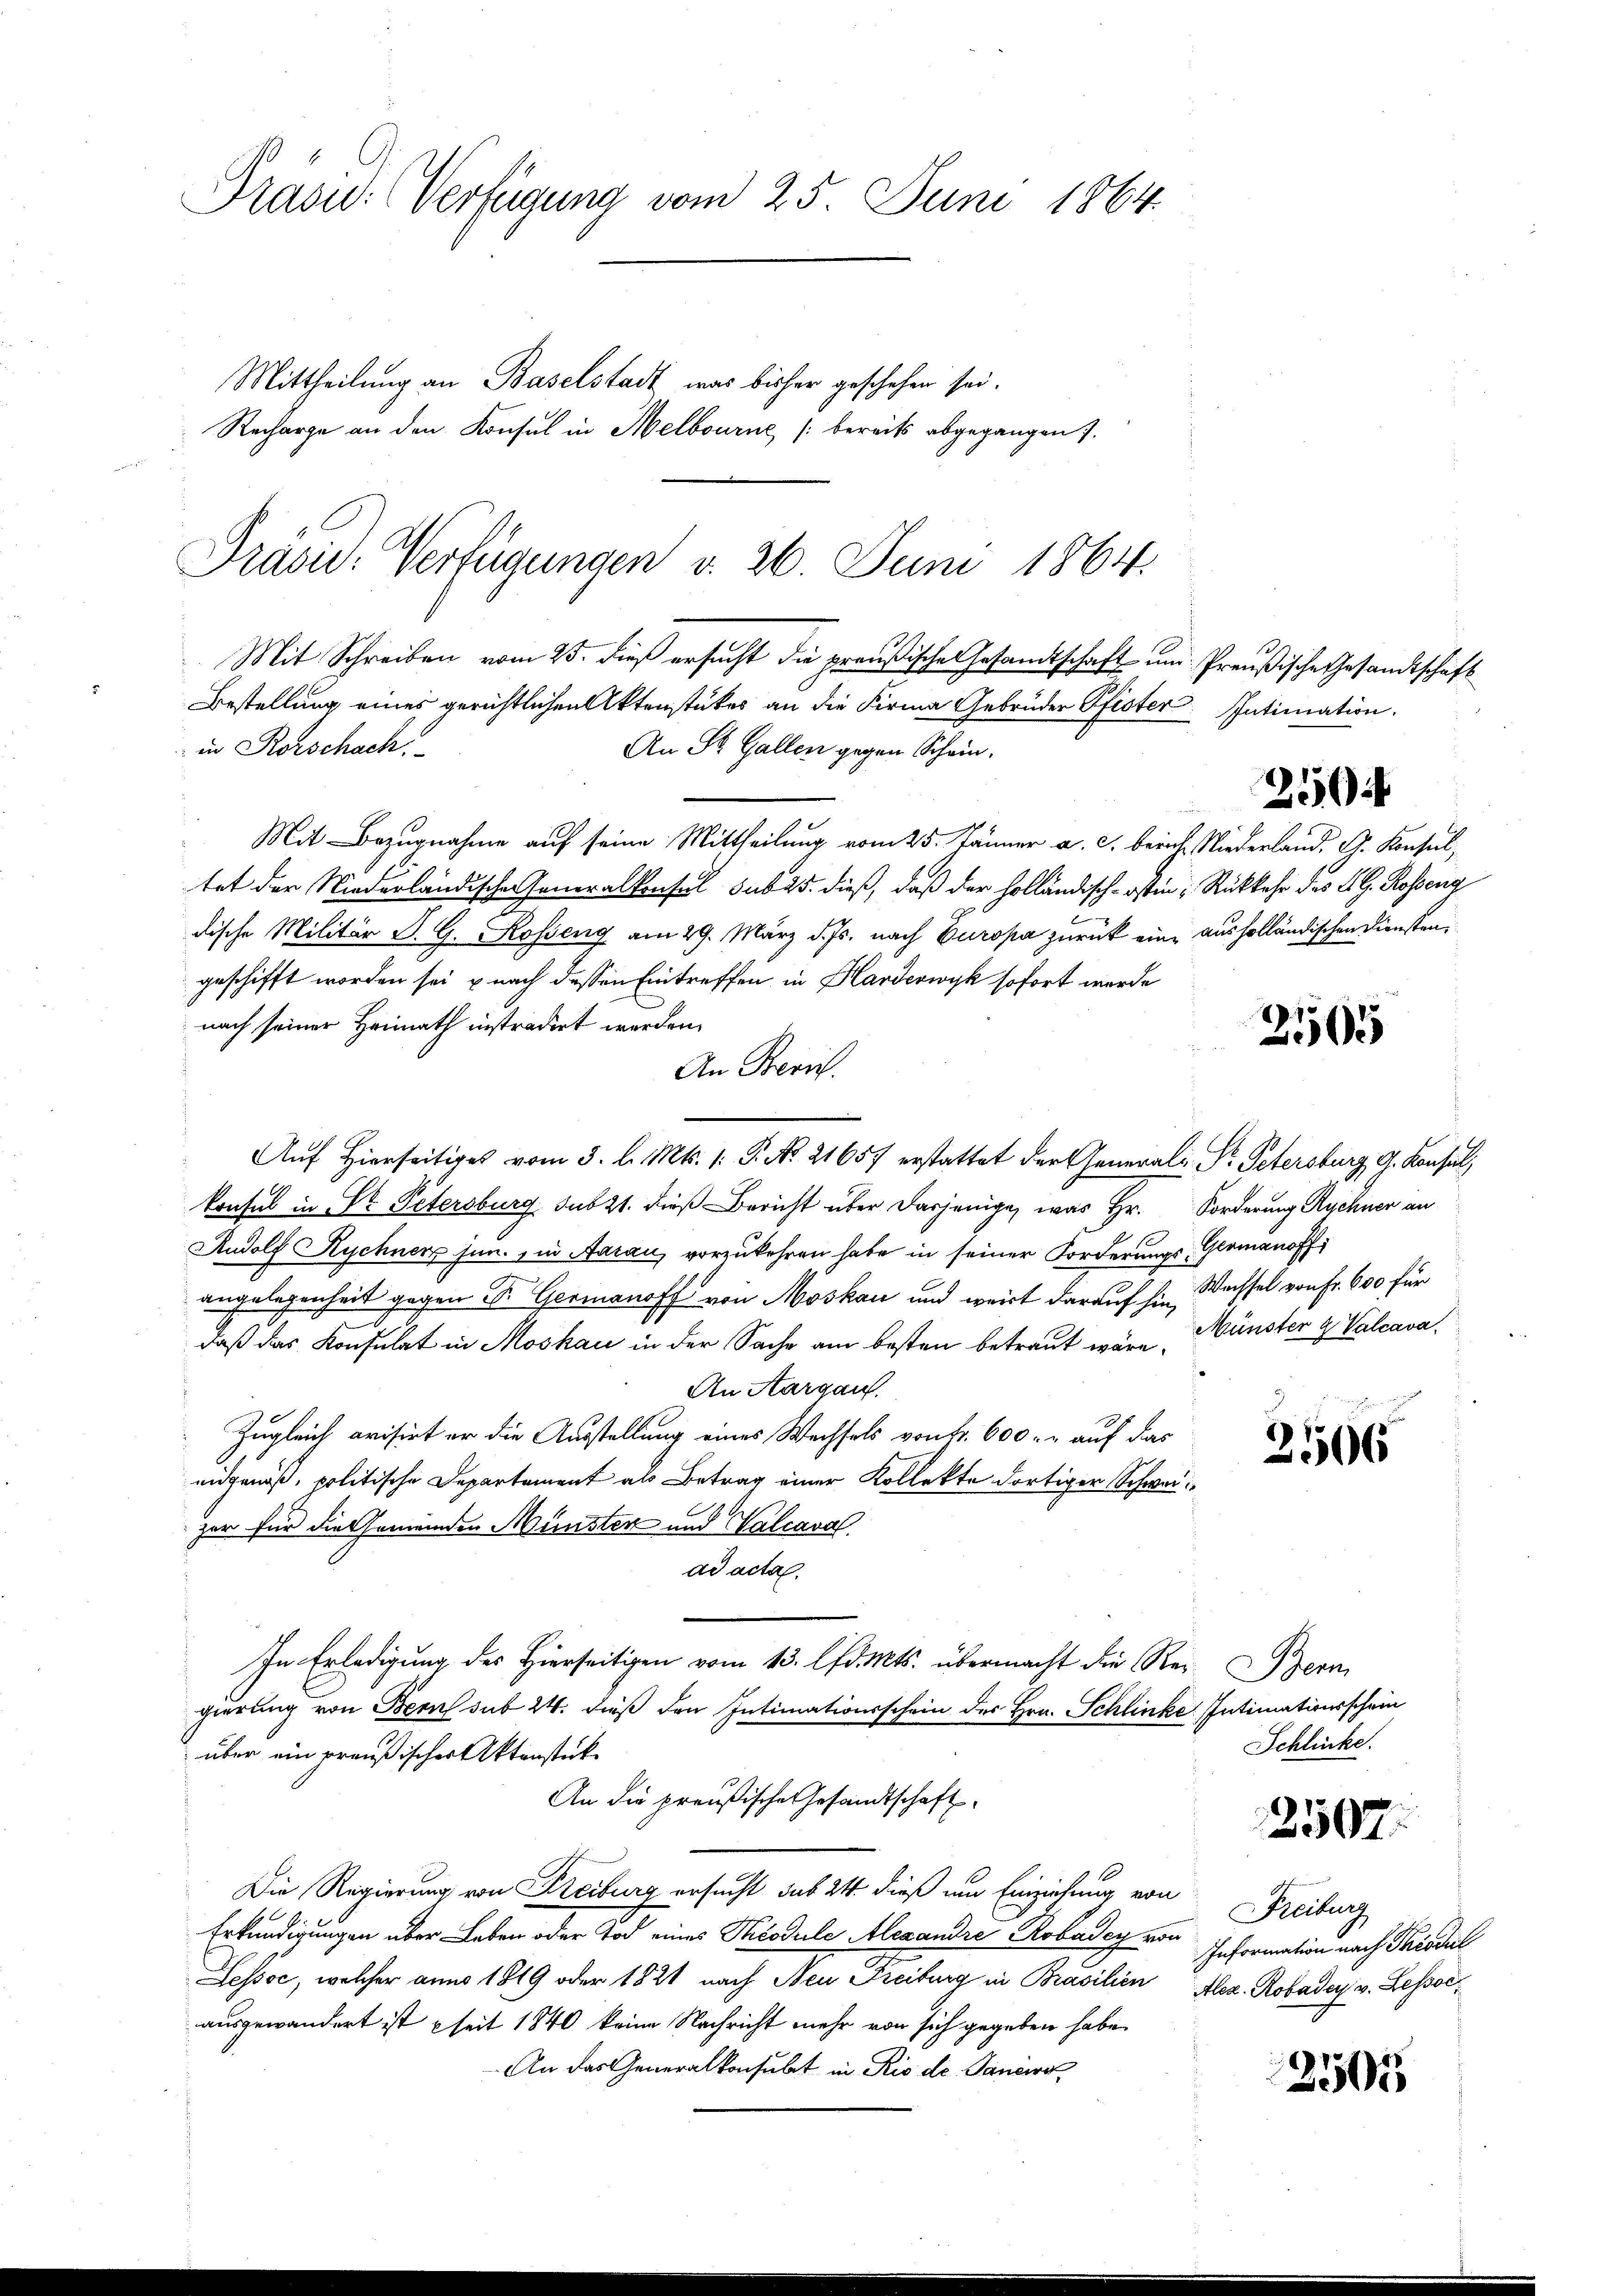
Präsid. Verfügung vom 25. Juni 1864.

Mittheilung an Baselstadt, was bisher geschehen sei.
Mit Schreiben vom 25. dieß ersucht die preußische Gesandtschaft und
Bestellung eines gerichtlichen Aktenstückes an die Firma Gebrüder Pfister
in Rorschach.
An St. Gallen gegen Schein.
Mit Bezugnahme auf seine Mittheilung vom 25. Jänner a. c. bericht
tet der Niederländischen Generalkonsul subus dieß, daß der holländisch-Ostin
dische Militär S. G. Rosseng am 29. März d. Js. nach Europa zurück eine ausholländischen Diensten,
geschifft worden sei nach dessen Eintreffen in Handerwyk sofort werde
nach seiner Heimath instradirt werden.
An Beric
konsul in St. Petersburg sub 21. dieß Bericht über dasjenige, was Hr. Forderung Rychner an
Rudolf Kuchner sin., in Aarau, vorzukehren habe in seiner Forderungsangelegenheit gegen Dr. Germanoff von Moskau und weit darauf hin, Wachsel von Fr. 600 für
daß das Konsulat in Moskau in der Sache am besten betraut wäre Münster H. Valcava
An Aargau.
Zugleich evisirt er die Ausstellung eines Wechsels von Fr. 600. r auf das
eidgenöß, politische Departement als Betrag einer Kollekte dortiger Schweit
zar für die Gemeinden Münster und Walcaval
ad acta.
In Erledigung des Hierseitigen vom 13. lfd. Mts. übermacht die Regierung von Bern sub 24. dieß den Intimationsschein des Hrn. Schlinke
über ein preußischer Aktenstück
An die preußische Gesandtschaft
Die Regierung von Freiburg ersucht sub 24. dieß um Einziehung von
Erkundigungen über Leben oder Tod eines Théodale Alexandre Robaday von Information nach Tisdul
Lessoc, welcher anno 1819 oder 1821 nach Neu Freiburg in Brasilien Alez. Robaday v. Lessscausgewandert ist seit 1840 keine Nachricht mehr von sich gegeben habe.
An das Generalkonsulat in Rio de. Janeiro

Recharge an den Konsul in Melbourné [bereits abgegangen 7.

Präsid. Verfügungen v. 26. Juni 1864.

Auf hierseitige vom 3. l. Mts. (: P. No. 21657 erstattet der Generals. Pr. Petersburg, G. Konsul,

Preußische Gesandtschaft
Intimation.

250

Niederland. G. Konsul,
Rückkehr des L. G. Rosseng

2165

Germanoffi

2506

Penn
Intimationsschein
Schlücke.

2507.

Freiburg

2505